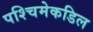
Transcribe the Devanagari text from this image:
पश्चिमेकडिल